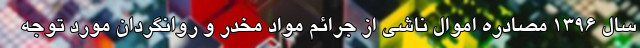
سال ۱۳۹۶ مصادره اموال ناشی از جرائم مواد مخدر و روانگردان مورد توجه